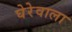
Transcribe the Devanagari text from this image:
घेरेवाला